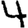
Digit: 4